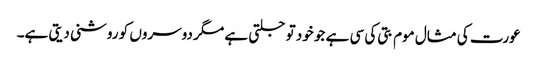
عورت کی مثال موم بتی کی سی ہے جو خود تو جلتی ہے مگر دوسروں کو روشنی دیتی ہے۔